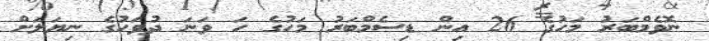
ނޮވެމްބަރު މަހުގެ 26 އިން ޑިސެމްބަރު މަހުގެ ހަ ވަނަ ދުވަހުގެ ނިޔަލަށް